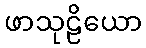
ဖာသုဠိယော